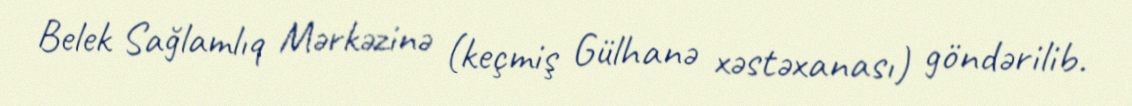
Belek Sağlamlıq Mərkəzinə (keçmiş Gülhanə xəstəxanası) göndərilib.